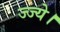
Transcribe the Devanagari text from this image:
ज्ज्ये।